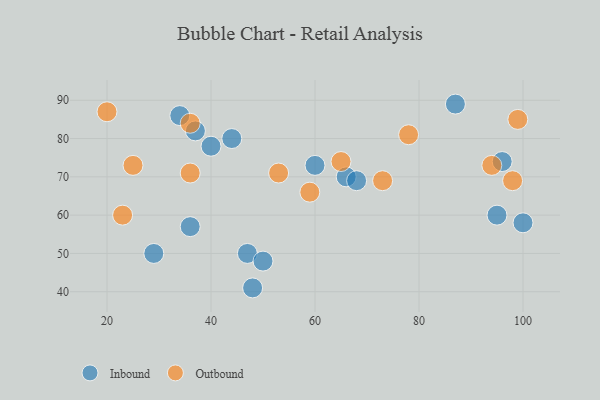
{"axis": {"x": "GDP", "y": "Life Expectancy"}, "legend": ["Inbound", "Outbound"], "data": [{"x": "34", "y": 86, "type": "Inbound"}, {"x": "37", "y": 82, "type": "Inbound"}, {"x": "47", "y": 50, "type": "Inbound"}, {"x": "40", "y": 78, "type": "Inbound"}, {"x": "60", "y": 73, "type": "Inbound"}, {"x": "66", "y": 70, "type": "Inbound"}, {"x": "96", "y": 74, "type": "Inbound"}, {"x": "95", "y": 60, "type": "Inbound"}, {"x": "29", "y": 50, "type": "Inbound"}, {"x": "68", "y": 69, "type": "Inbound"}, {"x": "36", "y": 57, "type": "Inbound"}, {"x": "50", "y": 48, "type": "Inbound"}, {"x": "87", "y": 89, "type": "Inbound"}, {"x": "48", "y": 41, "type": "Inbound"}, {"x": "100", "y": 58, "type": "Inbound"}, {"x": "44", "y": 80, "type": "Inbound"}, {"x": "98", "y": 69, "type": "Outbound"}, {"x": "65", "y": 74, "type": "Outbound"}, {"x": "53", "y": 71, "type": "Outbound"}, {"x": "99", "y": 85, "type": "Outbound"}, {"x": "59", "y": 66, "type": "Outbound"}, {"x": "20", "y": 87, "type": "Outbound"}, {"x": "25", "y": 73, "type": "Outbound"}, {"x": "36", "y": 71, "type": "Outbound"}, {"x": "78", "y": 81, "type": "Outbound"}, {"x": "23", "y": 60, "type": "Outbound"}, {"x": "94", "y": 73, "type": "Outbound"}, {"x": "36", "y": 84, "type": "Outbound"}, {"x": "73", "y": 69, "type": "Outbound"}]}